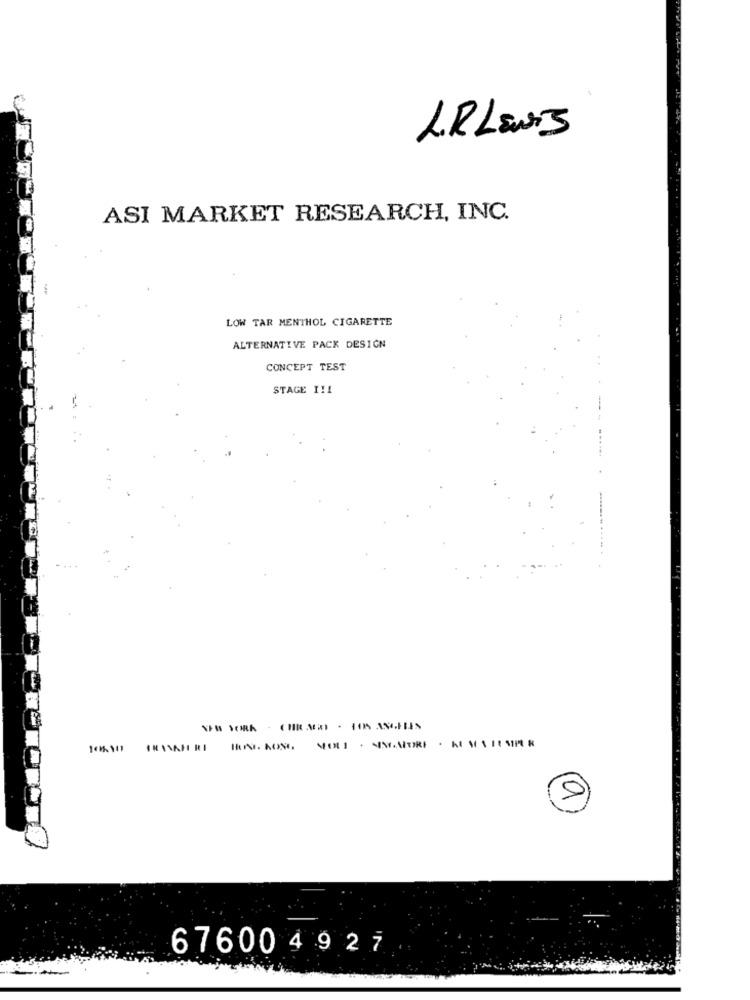
LR LEWIS
ASI MARKET RESEARCH, INC.
LOW TAR MENTHOL CIGARETTE
ALTERNATIVE PACK DESIGN
CONCEPT TEST
STAGE I !!
11
676004927